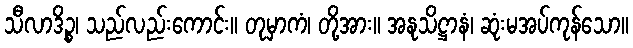
သီလာဒိဉ္စ၊ သည်လည်းကောင်း။ တုမှာကံ၊ တို့အား။ အနုသိဋ္ဌာနံ၊ ဆုံးမအပ်ကုန်သော။